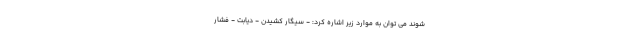
شوند می توان به موارد زیر اشاره کرد: - سیگار کشیدن - دیابت - فشار